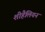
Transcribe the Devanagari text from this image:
शीहैलियन